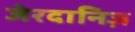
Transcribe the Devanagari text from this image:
जेरदानिज़